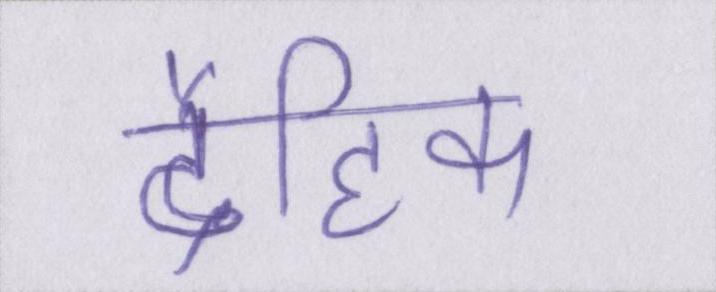
दैहिक